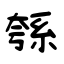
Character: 綔